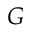
G